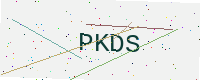
Text: PKDS